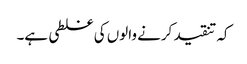
کہ تنقید کرنے والوں کی غلطی ہے۔